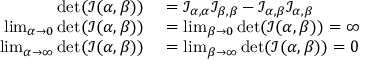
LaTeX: \begin{array} { r l } { \operatorname* { d e t } ( { \mathcal { I } } ( \alpha , \beta ) ) } & { { } = { \mathcal { I } } _ { \alpha , \alpha } { \mathcal { I } } _ { \beta , \beta } - { \mathcal { I } } _ { \alpha , \beta } { \mathcal { I } } _ { \alpha , \beta } } \\ { \operatorname* { l i m } _ { \alpha \to 0 } \operatorname* { d e t } ( { \mathcal { I } } ( \alpha , \beta ) ) } & { { } = \operatorname* { l i m } _ { \beta \to 0 } \operatorname* { d e t } ( { \mathcal { I } } ( \alpha , \beta ) ) = \infty } \\ { \operatorname* { l i m } _ { \alpha \to \infty } \operatorname* { d e t } ( { \mathcal { I } } ( \alpha , \beta ) ) } & { { } = \operatorname* { l i m } _ { \beta \to \infty } \operatorname* { d e t } ( { \mathcal { I } } ( \alpha , \beta ) ) = 0 } \end{array}